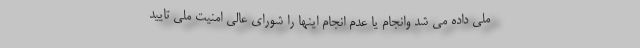
ملی داده می شد وانجام یا عدم انجام اینها را شورای عالی امنیت ملی تایید